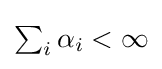
{\textstyle \sum _{i}\alpha _{i}<\infty }